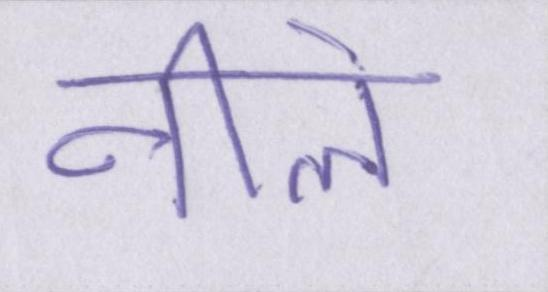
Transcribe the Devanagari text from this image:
नीले